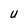
Character: U